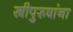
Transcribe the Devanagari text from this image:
स्त्रीपुरूषांना